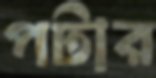
পটার